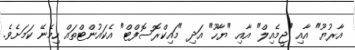
އާރުޔޫ" އާއި "ޖީމެއިލް" އާއި "ޔާހޫ" އަދި "މައިކްރޮސޮފްޓް" އެކައުންޓްތައް ހިމެނޭ ކަމަށެވެ.